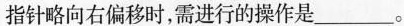
指针略向右偏移时，需进行的操作是___。